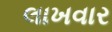
લાખવાર